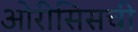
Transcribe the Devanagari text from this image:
ओरीसिसची